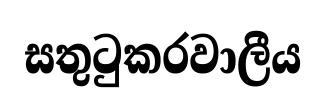
සතුටුකරවාලීය